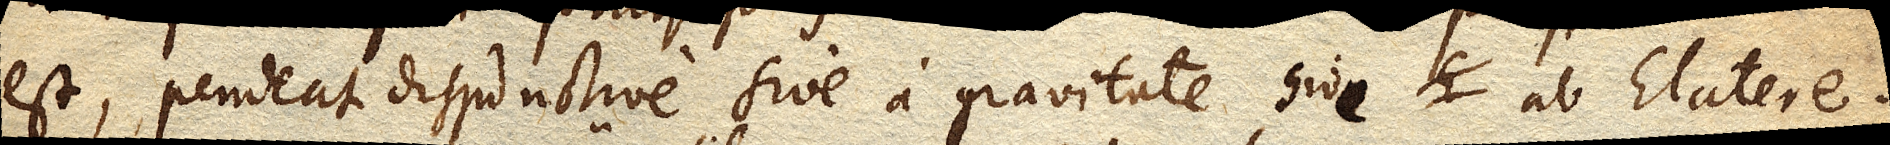
est, pendeat disjunctive sive a gravitate sive ab Elatere.